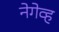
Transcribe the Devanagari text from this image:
नेगेव्ह